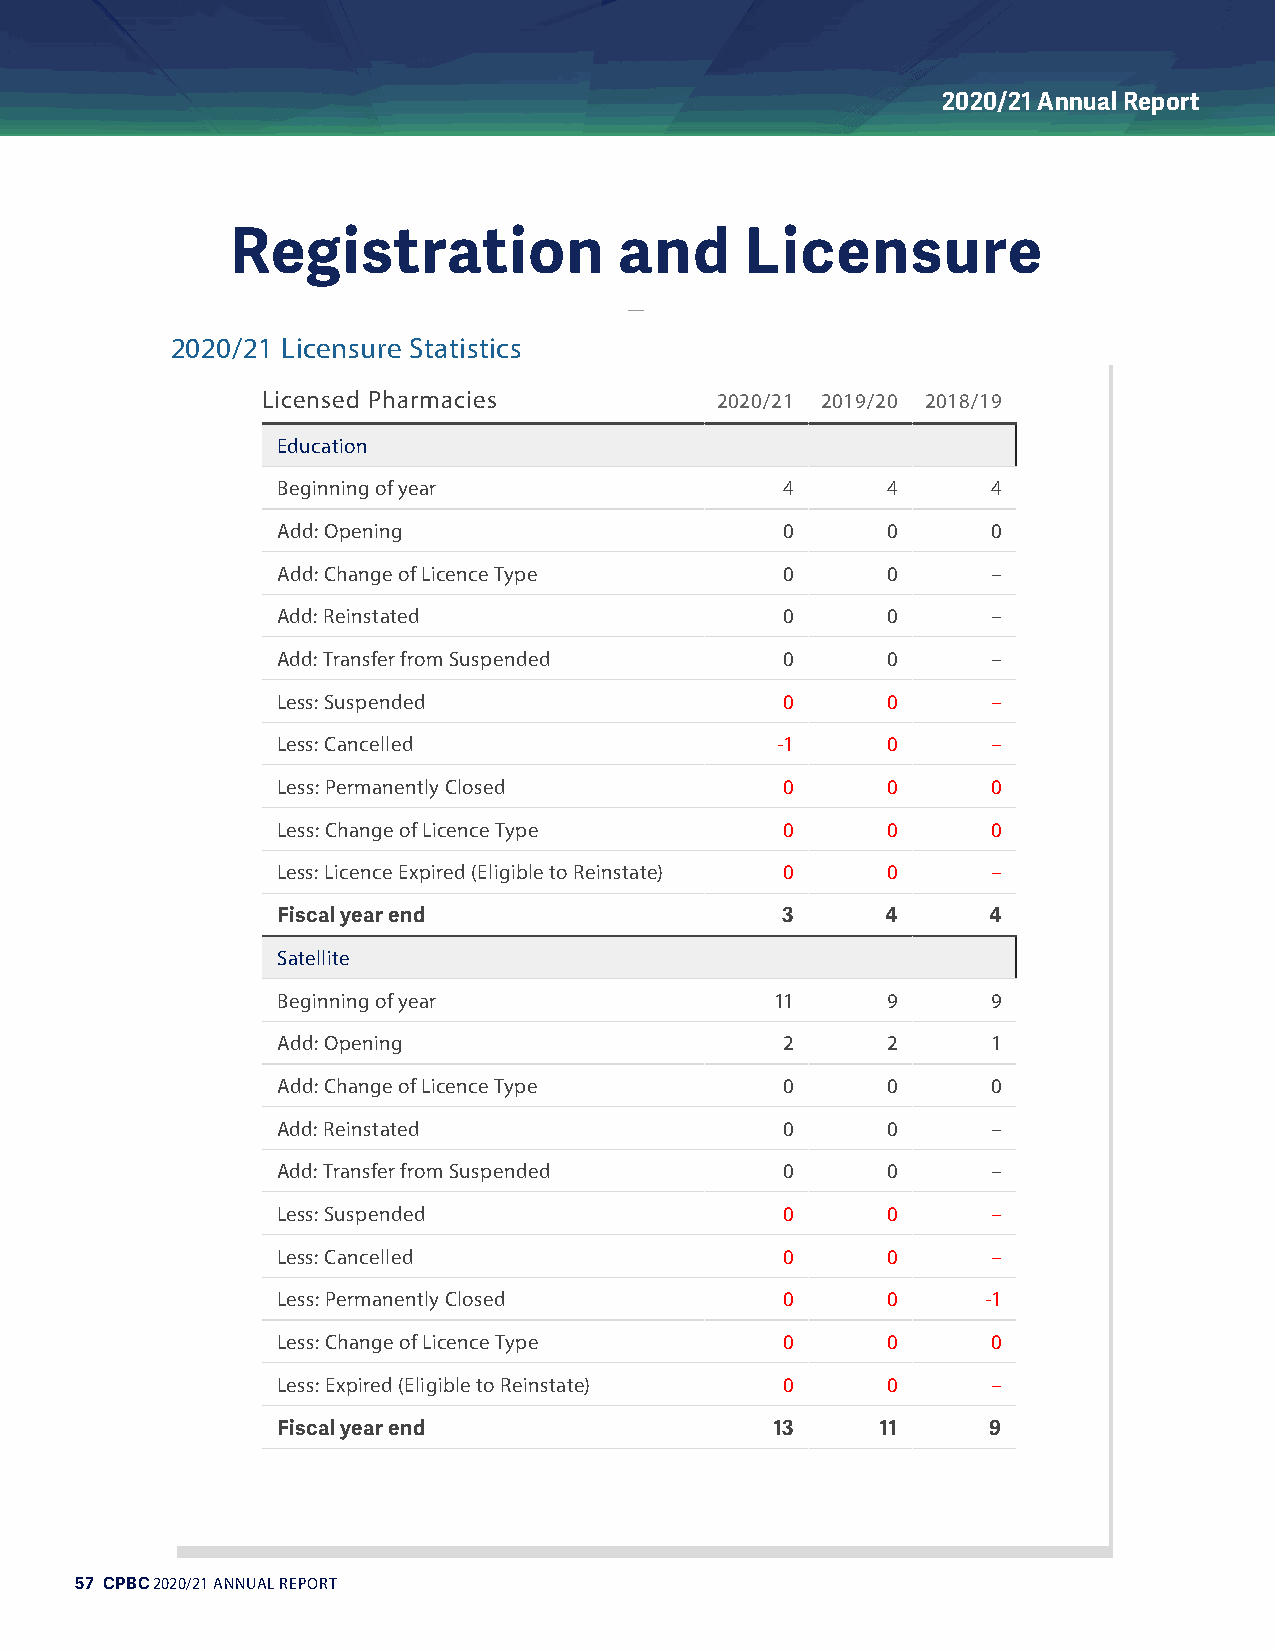
2020/21 Annual Report
 Registration              and     Licensure
 2020/21 Licensure Statistics
 Licensed Pharmacies           2020/21 2019/20 2018/19
 Education
 Beginning of year                 4      4      4
 Add: Opening                      0      0      0
 Add: Change of Licence Type       0      0      –
 Add: Reinstated                   0      0      –
 Add: Transfer from Suspended      0      0      –
 Less: Suspended                   0      0      –
 Less: Cancelled                  -1      0      –
 Less: Permanently Closed          0      0      0
 Less: Change of Licence Type      0      0      0
 Less: Licence Expired (Eligible to Reinstate) 0 0 –
 Fiscal year end                   3      4     4
 Satellite
 Beginning of year                11      9      9
 Add: Opening                      2      2      1
 Add: Change of Licence Type       0      0      0
 Add: Reinstated                   0      0      –
 Add: Transfer from Suspended      0      0      –
 Less: Suspended                   0      0      –
 Less: Cancelled                   0      0      –
 Less: Permanently Closed          0      0     -1
 Less: Change of Licence Type      0      0      0
 Less: Expired (Eligible to Reinstate) 0  0      –
 Fiscal year end                  13     11     9
 57 CPBC 2020/21 ANNUAL REPORT